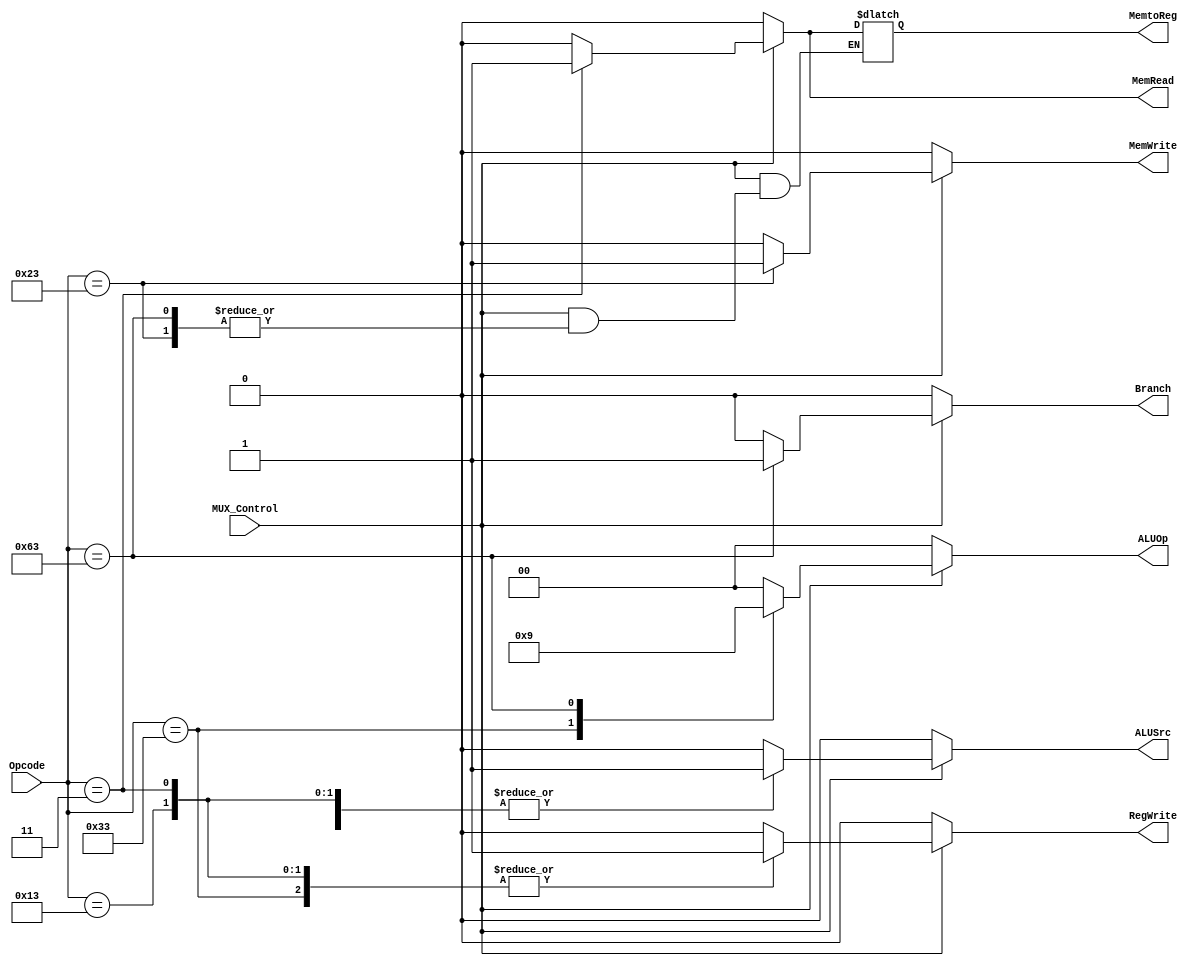
`timescale 1ns / 1ps
//////////////////////////////////////////////////////////////////////////////////
// Company: 
// Engineer: 
// 
// Design Name: 
// Module Name: Control_Unit
// Project Name: 
// Target Devices: 
// Tool Versions: 
// Description: 
// 
// Dependencies: 
// 
// Revision:
// Revision 0.01 - File Created
// Additional Comments:
// 
//////////////////////////////////////////////////////////////////////////////////
module Control_Unit(
  input [6:0] Opcode,
  input MUX_Control,
  output reg Branch, MemRead, MemtoReg, MemWrite, ALUSrc, RegWrite,
  output reg [1:0] ALUOp 
);
  always @(*) begin
    if (~MUX_Control)
      begin
        ALUSrc<=0;
        MemtoReg<=0;
        RegWrite<=0;
        MemRead<=0;
        MemWrite<=0;
        Branch<=0;
        ALUOp<=2'b00;
      end
    else
      begin
        case (Opcode)
          7'b0110011: begin
            ALUSrc = 0;
            MemtoReg = 0;
            RegWrite = 1;
            MemRead = 0;
            MemWrite = 0;
            Branch = 0;
            ALUOp = 2'b10;
          end
          7'b0000011: begin
            ALUSrc = 1;
            MemtoReg = 1;
            RegWrite = 1;
            MemRead = 1;
            MemWrite = 0;
            Branch = 0;
            ALUOp = 2'b00;
          end
          7'b0100011: begin
            ALUSrc = 1;
            RegWrite = 0;
            MemRead = 0;
            MemWrite = 1;
            Branch = 0;
            ALUOp = 2'b00;
          end
          7'b1100011: begin
            ALUSrc = 0;
            RegWrite = 0;
            MemRead = 0;
            MemWrite = 0;
            Branch = 1;
            ALUOp = 2'b01;
          end
          7'b0010011: begin
            ALUSrc = 1;
            RegWrite = 1;
            MemRead = 0;
            MemWrite = 0;
            Branch = 0;
            ALUOp = 2'b00;
            MemtoReg = 0;
          end
          default: begin
            ALUSrc = 0;
            RegWrite = 0;
            MemRead = 0;
            MemWrite = 0;
            Branch = 0;
            ALUOp = 2'b00;
            MemtoReg = 0;
          end
        endcase
      end
  end
endmodule